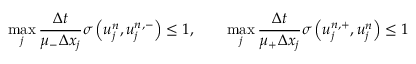
\operatorname* { m a x } _ { j } \frac { \Delta t } { \mu _ { - } \Delta x _ { j } } \sigma \left( u _ { j } ^ { n } , u _ { j } ^ { n , - } \right) \leq 1 , \qquad \operatorname* { m a x } _ { j } \frac { \Delta t } { \mu _ { + } \Delta x _ { j } } \sigma \left( u _ { j } ^ { n , + } , u _ { j } ^ { n } \right) \leq 1